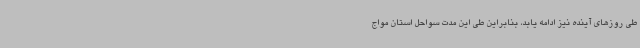
طی روزهای آینده نیز ادامه یابد، بنابراین طی این مدت سواحل استان مواج